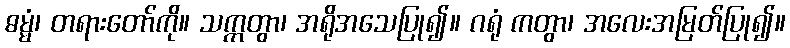
ဓမ္မံ၊ တရားတော်ကို။ သက္ကတွာ၊ အရိုအသေပြု၍။ ဂရုံ ကတွာ၊ အလေးအမြတ်ပြု၍။